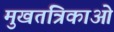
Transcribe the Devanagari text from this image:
मुखतंत्रिकाओं